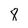
Character: 8